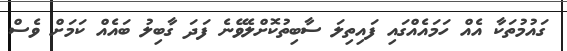
ގައުމުތަކާ އެއް ހަމައެއްގައި ފައިތިލަ ސާބިތުކޮށްލެވޭނެ ފަދަ ގާބިލު ބައެއް ކަމަށް ވެސް